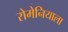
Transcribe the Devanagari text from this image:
रोमेनियाला